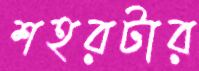
শহরটার